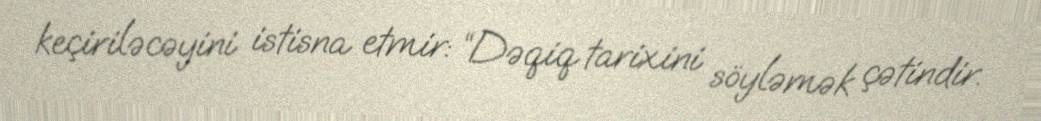
keçiriləcəyini istisna etmir: “Dəqiq tarixini söyləmək çətindir.